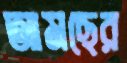
আমছের